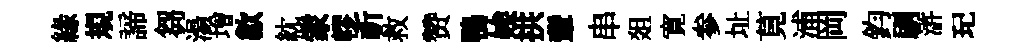
緣規諦芻湯増歙紞䝉轇祈救赞鴨娭拱軰串爼寛参址莧浦岡鈞刷滸玘